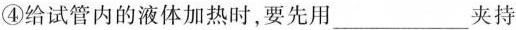
④给试管内的液体加热时，要先用___夹持